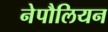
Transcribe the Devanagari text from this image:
नेपौलियन